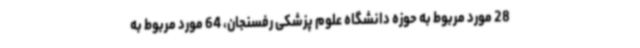
28 مورد مربوط به حوزه دانشگاه علوم پزشکی رفسنجان، 64 مورد مربوط به